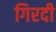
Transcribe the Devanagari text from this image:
गिरदी